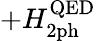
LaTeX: +H_{\mathrm{2ph}}^{\mathrm{QED}}